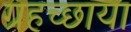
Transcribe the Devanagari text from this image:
ग्रहच्छाया